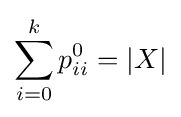
\sum _{i=0}^{k}p_{ii}^{0}=|X|